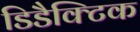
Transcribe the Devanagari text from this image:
डिडैक्टिक